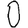
Digit: 0